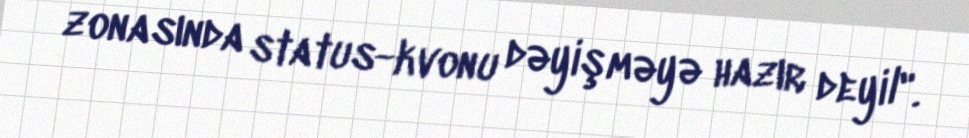
zonasında status-kvonu dəyişməyə hazır deyil".